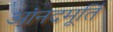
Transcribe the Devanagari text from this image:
आंनदमूर्ति